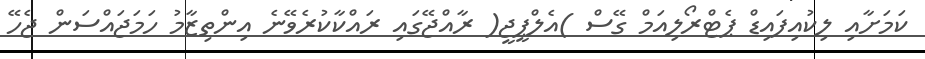
ކަމަށާއި ލިކުއިފައިޑް ޕެޓްރޯލިއަމް ގޭސް )އެލްޕީޖީ( ރާއްޖޭގައި ރައްކާކުރެވޭނެ އިންތިޒާމު ހަމަޖައްސަން ޖެހޭ